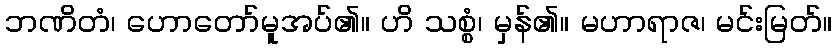
ဘဏိတံ၊ ဟောတော်မူအပ်၏။ ဟိ သစ္စံ၊ မှန်၏။ မဟာရာဇ၊ မင်းမြတ်။